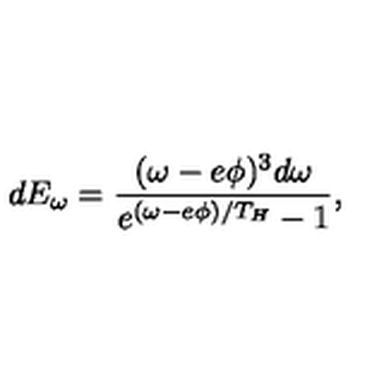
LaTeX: d E _ { \omega } = \frac { ( \omega - e \phi ) ^ { 3 } d \omega } { e ^ { ( \omega - e \phi ) / T _ { H } } - 1 } ,